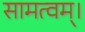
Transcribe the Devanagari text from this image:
सामत्वम्‌।